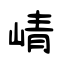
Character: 崝